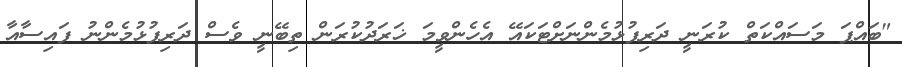
"ބައްޕަ މަސައްކަތް ކުރަނީ ދަރިފުޅުމެންނަށްޓަކައޭ އެހެންވީމަ ޚަރަދުކުރަން ތިބޭނީ ވެސް ދަރިފުޅުމެންނު ފައިސާއާ